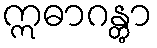
ဣဓာဂန္တွာ